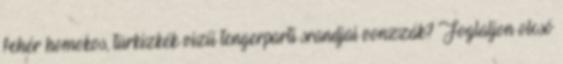
fehér homokos, türkizkék vizű tengerparti srandjai vonzzák? Foglaljon olcsó